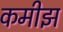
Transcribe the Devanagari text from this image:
कमीझ